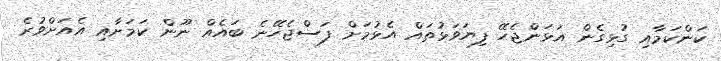
ކަންކަމާއި ގުޅިގެން އަޅަންޖެހޭ ފިޔަވަޅުތައް އެޅުމަށް ފަސްޖެހޭނެ ބައެއް ނޫން ކަަމަށާއި އެއަށްވުރެ